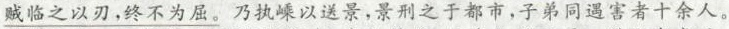
\underline{贼临之以刃，终不为屈。}乃执嵊以送景，景刑之于都市，子弟同遇害者十余人。